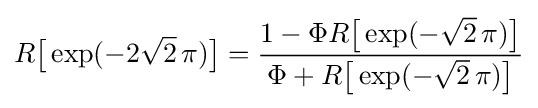
R{\bigl [}\exp(-2{\sqrt {2}}\,\pi ){\bigr ]}={\frac {1-\Phi R{\bigl [}\exp(-{\sqrt {2}}\,\pi ){\bigr ]}}{\Phi +R{\bigl [}\exp(-{\sqrt {2}}\,\pi ){\bigr ]}}}